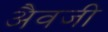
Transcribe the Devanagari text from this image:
अैवजी